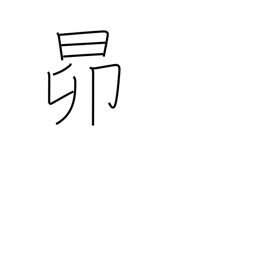
Meaning: the Pleiades